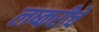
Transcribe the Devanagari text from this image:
लष्करीचे